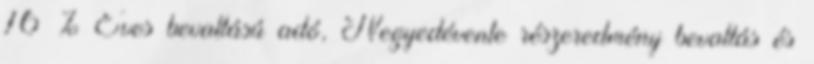
16 % Éves bevallású adó, Negyedévente részeredmény bevallás és